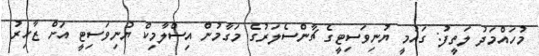
މުހައްމަދު ލަތީފު: ގައުމީ ޔުނިވަސިޓީގެ ޗާންސެލަރުގެ މަގާމުން އިސްލާމިކް ޔުނިވަސިޓީ އަށް ޒާހިރު